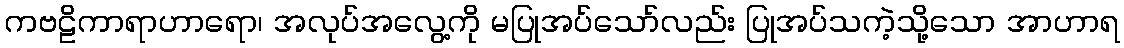
ကဗဠိကာရာဟာရော၊ အလုပ်အလွေ့ကို မပြုအပ်သော်လည်း ပြုအပ်သကဲ့သို့သော အာဟာရ